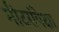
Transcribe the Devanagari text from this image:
मीटरांपेक्षा